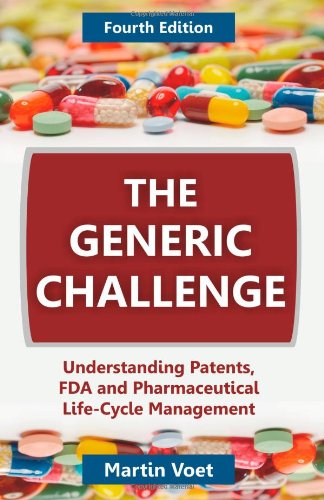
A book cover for The Generic Challenge: Understanding Patents, FDA and Pharmaceutical Life-Cycle Management (Fourth Edition); Martin A. Voet; Law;